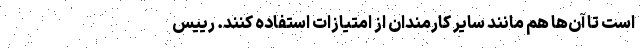
است تا آن‌ها هم مانند سایر کارمندان از امتیازات استفاده کنند. رییس